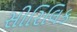
સીરિલિક